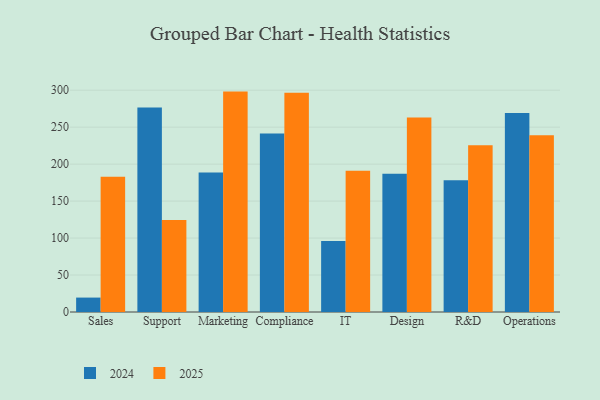
{"axis": {"x": "Department", "y": "Bounce Rate (%)"}, "legend": ["2024", "2025"], "data": [{"x": "Sales", "y": 182.8, "type": "2025"}, {"x": "Sales", "y": 19.5, "type": "2024"}, {"x": "Support", "y": 124.6, "type": "2025"}, {"x": "Support", "y": 276.6, "type": "2024"}, {"x": "Marketing", "y": 298.1, "type": "2025"}, {"x": "Marketing", "y": 188.7, "type": "2024"}, {"x": "Compliance", "y": 296.5, "type": "2025"}, {"x": "Compliance", "y": 241.4, "type": "2024"}, {"x": "IT", "y": 191.1, "type": "2025"}, {"x": "IT", "y": 96.1, "type": "2024"}, {"x": "Design", "y": 263.2, "type": "2025"}, {"x": "Design", "y": 187.0, "type": "2024"}, {"x": "R&D", "y": 225.7, "type": "2025"}, {"x": "R&D", "y": 178.3, "type": "2024"}, {"x": "Operations", "y": 239.2, "type": "2025"}, {"x": "Operations", "y": 269.2, "type": "2024"}]}